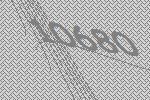
10680